Report on vaccination in the Province of Bengal - 1874-1889
Year: 1874
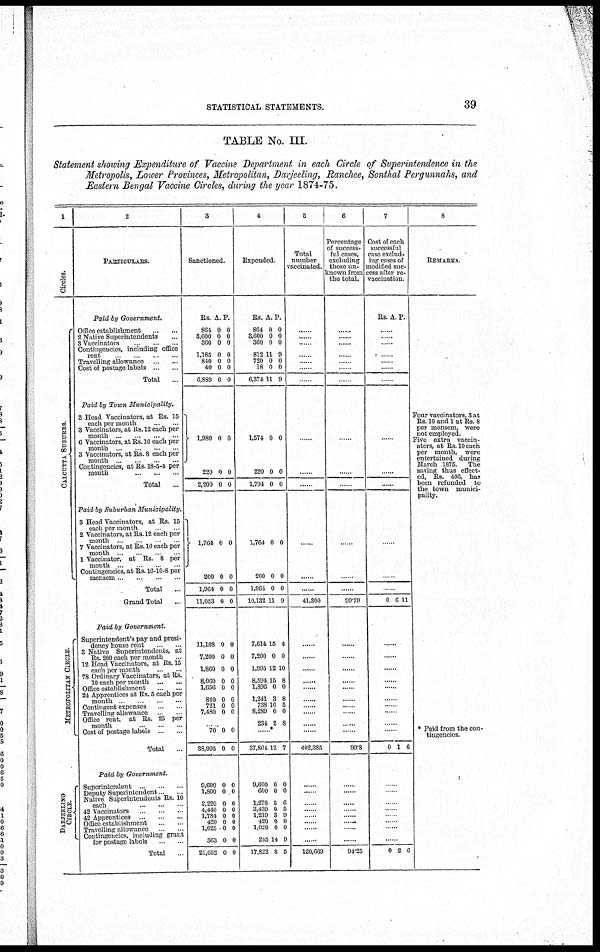
STATISTICAL STATEMENTS.
39
TABLE No. III.
Statement showing Expenditure of Vaccine Department in each Circle of Superintendence in the
Metropolis, Lower Provinces, Metropolitan, Darjeeling, Ranchee, Sonthal Pergunnahs, and
Eastern Bengal Vaccine Circles, during the year 1874-75.
1
Circles.
CALCUTTA SUBURBS.
METROPOLITAN CIRCLE.
DARJEELING
CIRCLE.
2
PARTICULARS.
Paid by Government.
Office establishment
...
...
2 Native Superintendents ...
3 Vaccinators ... ...
Contingencies, including office
rent
...
...
...
...
Travelling allowance
...
...
Cost of postage labels ... ...
Total ...
Paid by Town Municipality.
8 Head Vaccinators, at Rs. 15
each per month
...
...
3 Vaccinators, at Rs. 12 each per
month
...
...
...
...
6 Vaccinators, at Rs. 10 each per
month ... ... ... ...
3 Vaccinators, at Rs. 8 each per
month ... ... ... ...
Contingencies, at Rs 18-5-4 per
month
...
...
...
...
Total ...
Paid by Suburban
Municipality.
3 Head Vaccinators, at Rs. 15
each per month ... ...
2 Vaccinators, at Rs. 12 each per
month ... ... ... ...
7 Vaccinators, at Rs. 10 each per
month ... ... ...
1 Vaccinator, at Rs. 8 per
month ... ... ... ...
Contingencies, at Rs. 16-10-8 per
mensem ... ... ... ...
Total ...
Grand Total ...
Paid by Government.
Superintendent's pay and presi-
dency house rent
...
...
3 Native Superintendents, at
Rs. 200 each per month ...
12 Head Vaccinators, at Rs. 15
each per month
...
...
78 Ordinary Vaccinators, at Rs.
10 each per month ... ...
Office establishment
...
...
24 Apprentices at Rs. 5 each per
month
...
...
...
Contingent expenses
...
...
Travelling allowance
...
...
Office rent, at Rs. 25 per
month
...
...
...
Cost of postage labels ... ...
Total ...
Paid by Government.
Superintendent ... ... ...
Deputy Superintendent
...
Native Superintendents Rs. 10
each
...
...
...
42 Vaccinators ... ... ...
42 Apprentices ... ... ...
Office establishment ... ...
Travelling allowance ... ...
Contingencies, including grant
for postage labels ...
Total ...
3
Sanctioned.
Rs.
864
3,600
360
1,185
840
40
6,889
1,980
220
2,200
1,764
200
1,964
11,053
A.
0
0
0
0
0
0
0
0
0
0
0
0
0
0
P.
0
0
0
0
0
0
0
0
0
0
0
0
0
0
11,108
7,200
1,860
8,060
1,656
840
721
7,480
0
0
0
0
0
0
0
0
0
0
0
0
0
0
0
0
......
70
38,995
9,600
1,800
2,220
4,440
1,784
420
1,025
363
21,652
0
0
0
0
0
0
0
0
0
0
0
0
0
0
0
0
0
0
0
0
0
0
4
Expended.
Rs.
864
3,600
360
812 1
720
18
6,374
1,574
220
1,794
1,764
200
1,964
10,132
A.
0
0
0
11
0
0
11
0
0
0
0
0
0
11
P.
0
0
0
9
0
0
9
0
0
0
0
0
0
9
7,614
7,200
1,995
8,594
1,896
1,241
738
8,289
234
15
0
12
15
0
3
10
0
2
4
0
10
8
0
8
5
0
8
......*
37,804
9,600
600
1,278
3,439
1,219
420
1,020
215
17,822
12
0
0
5
0
3
0
0
14
8
7
0
0
6
5
9
0
0
9
5
5
Total
number
vaccinated.
......
......
......
......
......
......
......
......
......
......
......
......
......
41,300
......
......
......
......
......
......
......
......
......
......
402,385
......
......
......
......
......
......
......
......
120,669
6
Percentage
of success-
ful cases,
excluding
those un-
known from
the total.
......
......
......
......
......
......
......
......
......
......
......
......
......
99.79
......
......
......
......
......
......
......
......
......
99.8
......
......
......
......
......
......
......
......
94.25
7
Cost of each
successful
case exclud-
ing cases of
modified suc-
cess after re-
vaccination.
Rs. A P.
......
......
......
......
......
......
......
......
...
......
......
......
......
0 6 11
......
......
......
......
......
......
...... ......
......
......
0 1 6
......
...... ......
......
...... ......
......
......
0 2 6
8
REMARKS.
Four vaccinators, Sat
Rs. 10 and 1 at Rs. 8
per mensem, were
not employed.
Five extra vaccin-
ators, at Rs. 10 each
per month, were
entertained during
March 1875. The
saving thus effect-
ed, Rs. 406, has
been refunded to
the town munici-
pality.
* Paid from the con-
tingencies.